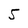
Character: 5